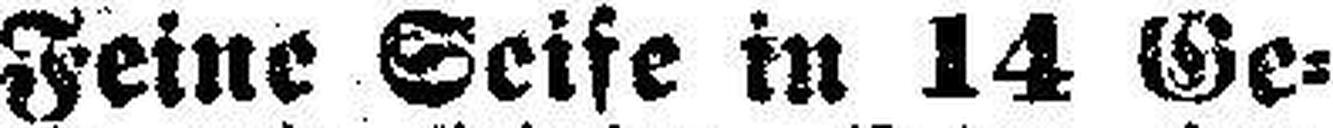
Feine Seife in 14 Ge¬